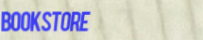
bookstore